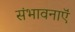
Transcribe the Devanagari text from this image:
संभावनाऍं